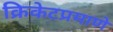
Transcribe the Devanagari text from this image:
क्रिकेटप्रमाणे